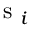
\mathrm { ~ s ~ } _ { i }